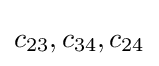
c_{23},c_{34},c_{24}